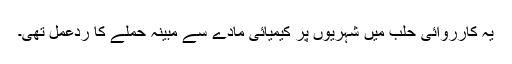
یہ کارروائی حلب میں شہریوں پر کیمیائی مادے سے مبینہ حملے کا ردعمل تھی۔